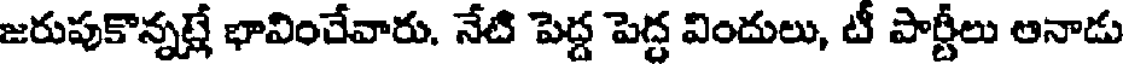
జరుపుకొన్నట్లే భావించేవారు. నేటి పెద్ద పెద్ద విందులు, టీ పార్టీలు ఆనాడు